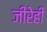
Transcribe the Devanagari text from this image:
जीरेही